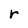
Character: r